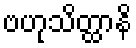
ဗဟုသိတ္ထာနိ